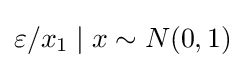
\varepsilon /x_{1}\mid x\sim N(0,1)